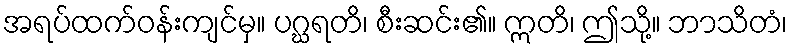
အရပ်ထက်ဝန်းကျင်မှ။ ပဂ္ဃရတိ၊ စီးဆင်း၏။ ဣတိ၊ ဤသို့။ ဘာသိတံ၊